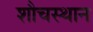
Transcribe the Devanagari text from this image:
शौचस्थान